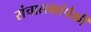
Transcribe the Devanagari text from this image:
संचालकांपैकी